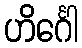
ဟိင်္ဂေါ